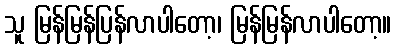
သူ မြန်မြန်ပြန်လာပါတော့၊ မြန်မြန်လာပါတော့။